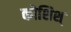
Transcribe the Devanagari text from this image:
कोशिश्